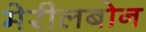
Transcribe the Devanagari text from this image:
मेरीलबोन